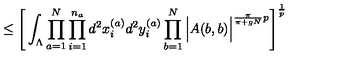
\leq \Bigg [ \int _ { \Lambda } \prod _ { a = 1 } ^ { N } \prod _ { i = 1 } ^ { n _ { a } } d ^ { 2 } x _ { i } ^ { ( a ) } d ^ { 2 } y _ { i } ^ { ( a ) } \prod _ { b = 1 } ^ { N } \Big | A ( b , b ) \Big | ^ { \frac { \pi } { \pi + g N } p } \Bigg ] ^ { \frac { 1 } { p } }